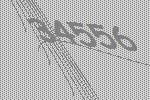
34556